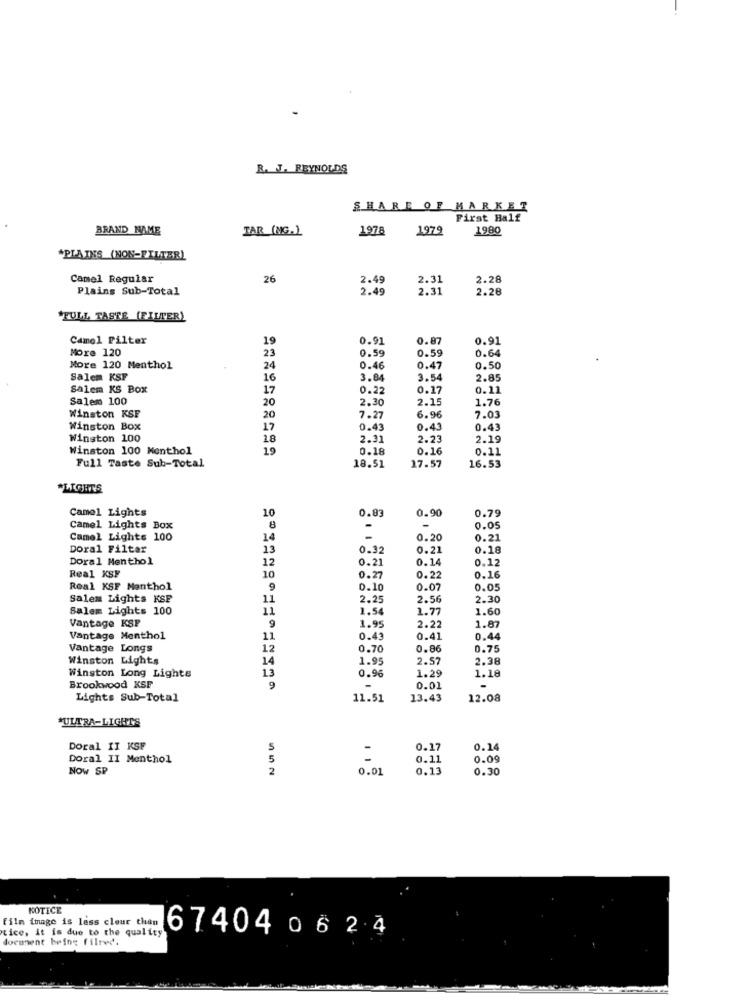
R. J. REYNOLDS
SHARE OF MARKET
First Half
BRAND NAME
TAR (NG.)
1978
1979
1980
"PLAINS (NON-FILTER)
Camel Regular
26
2.49
2.31
2.28
Plains Sub-Total
2.49
2.31
2.28
'FULL TASTE (FILTER)
Camel Filter
19
0.91
0.87
0.91
More 120
23
0.59
0.59
0.64
More 120 Menthol
24
0.46
0.47
0.50
Salem KSF
16
3.84
3.54
2.85
Salem KS Box
17
0.22
0.17
0.11
Salem 100
2.30
2.15
1.76
20
Winston KSF
20
7.27
6.96
7.03
Winston Box
17
0.43
0.43
0.43
Winston 100
18
2.31
2.23
2.19
Winston 100 Menthol
19
0.18
0.16
0.21
Full Taste Sub-Total
18.51
17.57
16.53
*LIGHTS
Camel Lights
10
0.83
0.79
0.90
Camel Lights Box
8
-
0.05
Camel Lights 100
14
0.20
0.21
Doral Filter
13
0.32
0.21
0.18
Doral Menthol
12
0.21
0.14
0.12
Real KSF
10
0.27
0.22
0.16
Real KSF Menthol
9
0.10
0.07
0.05
Salem Lights KSF
11
2.2
2.5
2.30
Salem Lights 100
11
1.54
1.7
1.60
Vantage KSP
9
1.95
2.22
1.87
Vantage Menthol
11
0.43
0.41
0.44
Vantage Longs
12
0.70
0.8
0.75
Winston Lights
14
1.95
2.5
2.38
13
0.96
Winston Long Lights
1.29
1.18
Brookwood KSF
9
-
0.01
-
Lights Sub-Total
11.51
13.43
12.08
"ULTRA-LIGHTS
Doral II KSF
S
0.17
0.14
Doral II Menthol
5
=
0.11
0.09
NOW SP
2
0.01
0.13
0.30
NOTICE
Film image is less cleur than
tice, it is due to the quality
674040624
document beine filred.